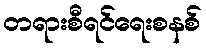
တရားစီရင်ရေးစနစ်